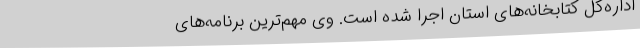
اداره‌کل کتابخانه‌های استان اجرا شده است. وی مهم‌ترین برنامه‌های